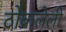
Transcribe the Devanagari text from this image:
ठोकलेली